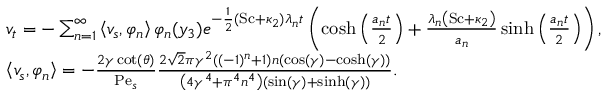
\begin{array} { r l } & { v _ { t } = - \sum _ { n = 1 } ^ { \infty } \left\langle v _ { s } , \varphi _ { n } \right\rangle \varphi _ { n } ( y _ { 3 } ) e ^ { - \frac { 1 } { 2 } ( \mathrm { S c } + \kappa _ { 2 } ) \lambda _ { n } t } \left( \cosh \left( \frac { a _ { n } t } { 2 } \right) + \frac { \lambda _ { n } \left( \mathrm { S c } + \kappa _ { 2 } \right) } { a _ { n } } \sinh \left( \frac { a _ { n } t } { 2 } \right) \right) , } \\ & { \left\langle v _ { s } , \varphi _ { n } \right\rangle = - \frac { 2 \gamma \cot ( \theta ) } { \mathrm { P e } _ { s } } \frac { 2 \sqrt { 2 } \pi \gamma ^ { 2 } \left( ( - 1 ) ^ { n } + 1 \right) n ( \cos ( \gamma ) - \cosh ( \gamma ) ) } { \left( 4 \gamma ^ { 4 } + \pi ^ { 4 } n ^ { 4 } \right) ( \sin ( \gamma ) + \sinh ( \gamma ) ) } . } \end{array}